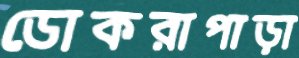
ডোকরাপাড়া